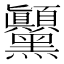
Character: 𲎗